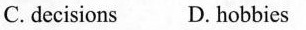
C. decisions D. hobbies